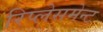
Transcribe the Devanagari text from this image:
रिप्लेसमेन्ट